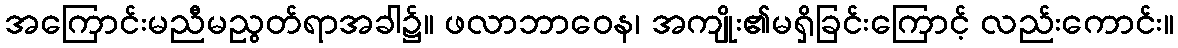
အကြောင်းမညီမညွတ်ရာအခါ၌။ ဖလာဘာဝေန၊ အကျိုး၏မရှိခြင်းကြောင့် လည်းကောင်း။